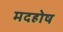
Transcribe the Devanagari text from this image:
मदहोष